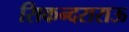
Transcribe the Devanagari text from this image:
सिकन्‍दराराऊ